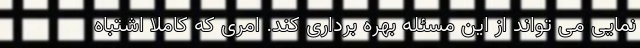
نمایی می تواند از این مسئله بهره برداری کند. امری که کاملا اشتباه